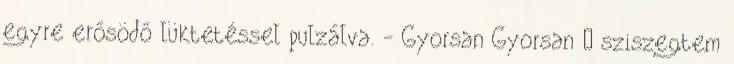
egyre erősödő lüktetéssel pulzálva. - Gyorsan Gyorsan – sziszegtem